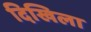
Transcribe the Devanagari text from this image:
दिखिला